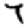
Digit: 7